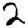
Digit: 2